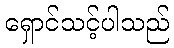
ရှောင်သင့်ပါသည်